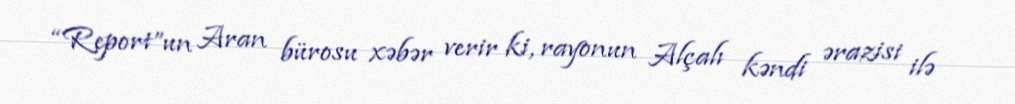
“Report”un Aran bürosu xəbər verir ki, rayonun Alçalı kəndi ərazisi ilə